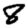
Digit: 8